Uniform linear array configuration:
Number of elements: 12
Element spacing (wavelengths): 0.25
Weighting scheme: cosine
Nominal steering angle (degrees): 45
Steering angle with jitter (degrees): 46.15
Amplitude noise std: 0.05
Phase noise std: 0.05

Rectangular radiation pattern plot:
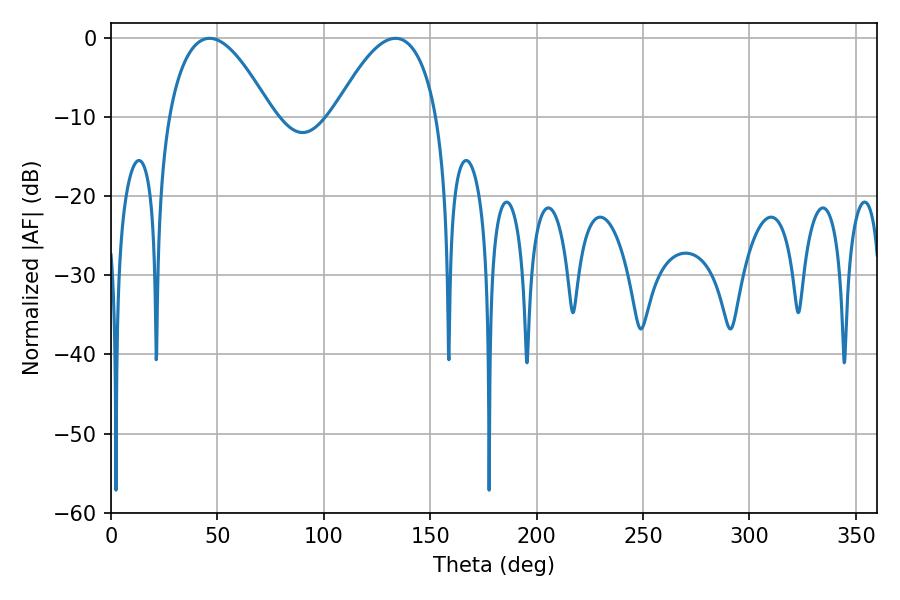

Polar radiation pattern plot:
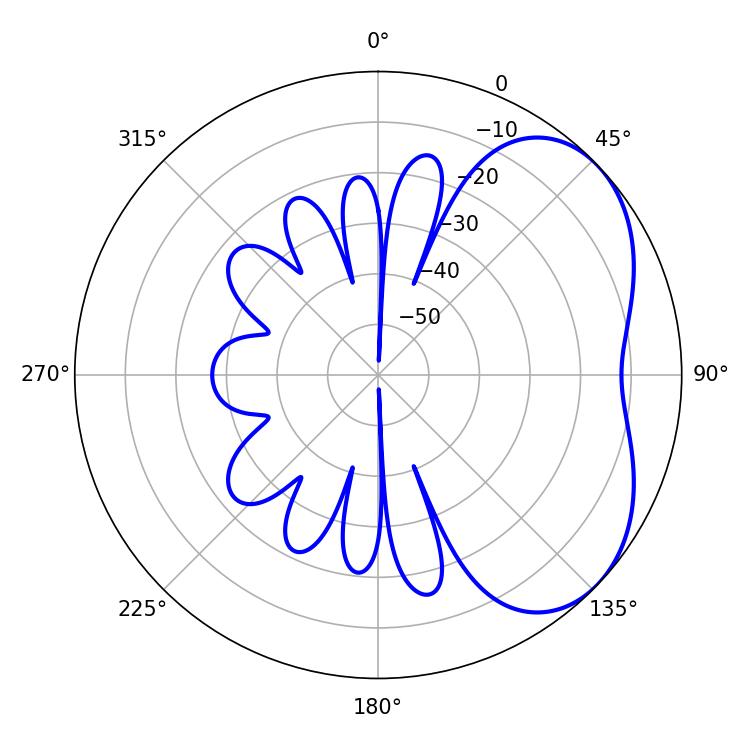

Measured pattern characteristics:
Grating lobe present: FALSE
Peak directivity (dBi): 4.167
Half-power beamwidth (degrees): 26.64
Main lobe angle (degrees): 46.26